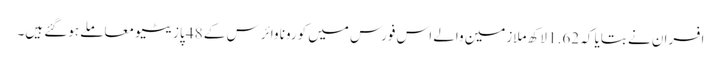
افسران نے بتایا کہ 1.62 لاکھ ملازمین والے اس فورس میں کورونا وائرس کے 48 پازیٹیو معاملے ہوگئے ہیں۔